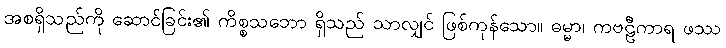
အစရှိသည်ကို ဆောင်ခြင်း၏ ကိစ္စသဘော ရှိသည် သာလျှင် ဖြစ်ကုန်သော။ ဓမ္မာ၊ ကဗဠီကာရ ဖဿ